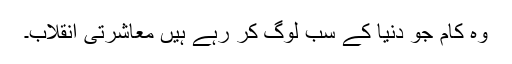
وہ کام جو دنیا کے سب لوگ کر رہے ہیں معاشرتی انقلاب۔